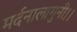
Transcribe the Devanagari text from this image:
मर्दनालागुनी।।